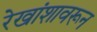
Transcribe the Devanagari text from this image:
रेखांशावरून